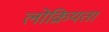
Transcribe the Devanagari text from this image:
लोक्रियता